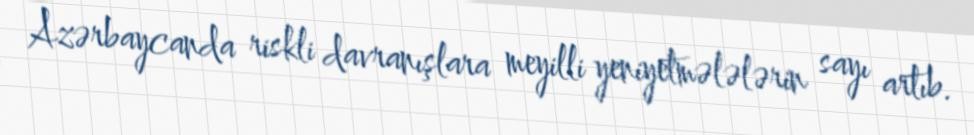
Azərbaycanda riskli davranışlara meyilli yeniyetmələlərin sayı artıb.